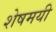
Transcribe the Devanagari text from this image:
शेषमयी